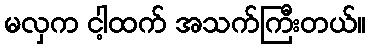
မလှက ငါ့ထက် အသက်ကြီးတယ်။